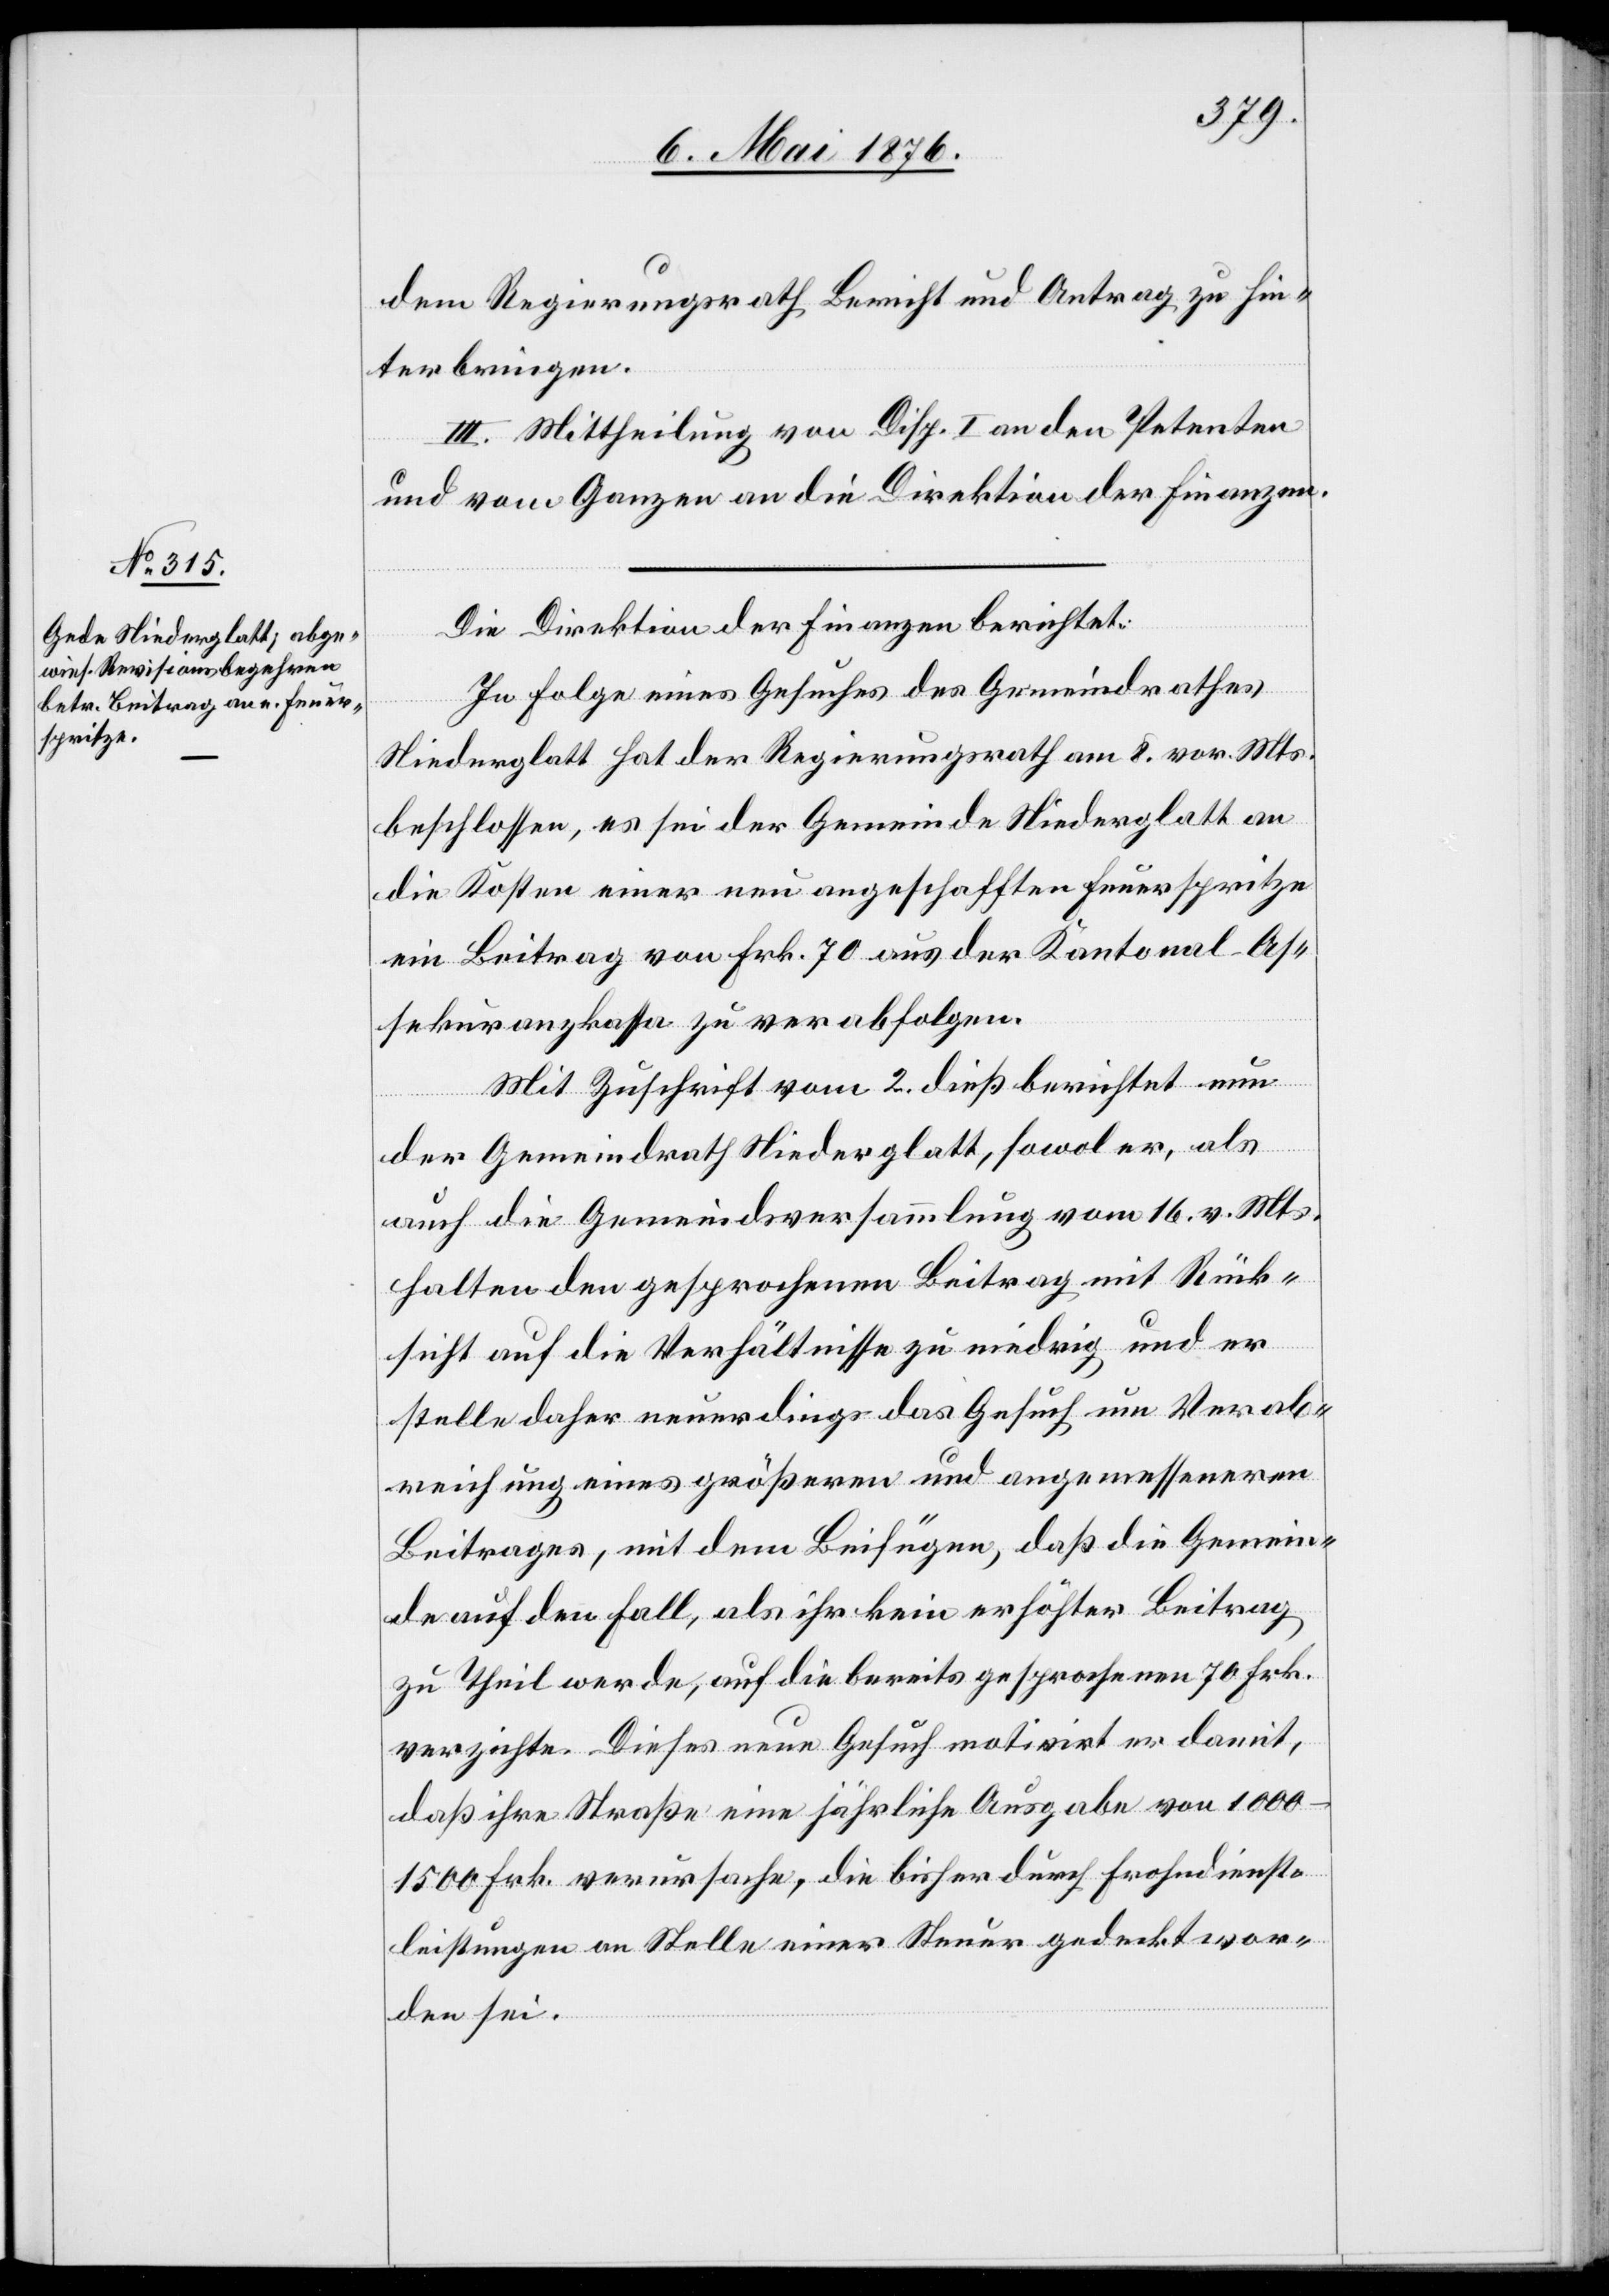
dem Regierungsrath Bericht und Antrag zu hin¬
terbringen.
III. Mittheilung von Disp. I an den Petenten
und vom Ganzen an die Direktion der Finanzen.
Die Direktion der Finanzen berichtet:
In Folge eines Gesuches des Gemeindrathes
Niederglatt hat der Regierungsrath am 8. vor. Mts.
beschlossen, es sei der Gemeinde Niederglatt an
die Kosten einer neu angeschafften Feuerspritze
ein Beitrag von Frk. 70 aus der Kantonal-As¬
sekuranzkasse zu verabfolgen.
Mit Zuschrift vom 2. dieß berichtet nun
der Gemeindrath Niederglatt, sowol er, als
auch die Gemeindsversammlung vom 16. v. Mts.
halten den gesprochenen Beitrag mit Rück¬
sicht auf die Verhältnisse zu niedrig und er
stelle daher neuerdings das Gesuch um Verab¬
reichung eines größeren und angemesseneren
Beitrages, mit dem Beifügen, daß die Gemein¬
de auf den Fall, als ihr kein erhöhter Beitrag
zu Theil werde, auf die bereits gesprochenen 70 Frk.
verzichte. Dieses neue Gesuch motivirt er damit,
daß ihre Straße eine jährlich Ausgabe von 1000–1500
Frk. verursache, die bisher durch Frohndienst¬
leistungen an Stelle einer Steuer gedeckt wor¬
den sei.